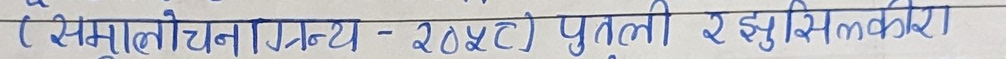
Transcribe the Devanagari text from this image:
( समीक्षात्मक - २०५८) पुतली रसुसिम्कग